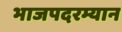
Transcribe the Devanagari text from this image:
भाजपदरम्यान